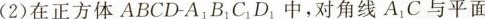
(2)在正方体ABCD-A_{1}B_{1}C_{1}D_{1}中，对角线A_{1}C与平面